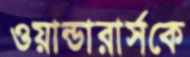
ওয়ান্ডারার্সকে